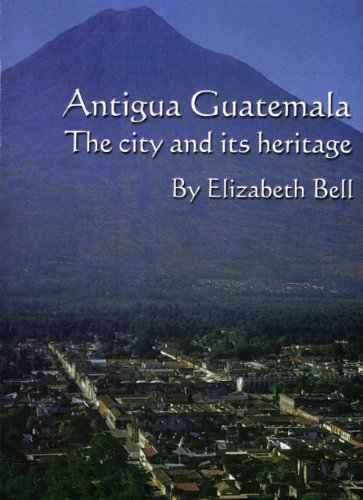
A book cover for Antigua Guatemala: the city and its heritage; Elizabeth Bell; Travel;